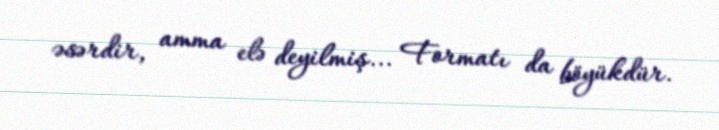
əsərdir, amma elə deyilmiş... Formatı da böyükdür.